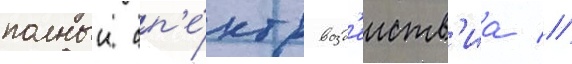
полныи сп'е́ктр возд'еиств'иа //